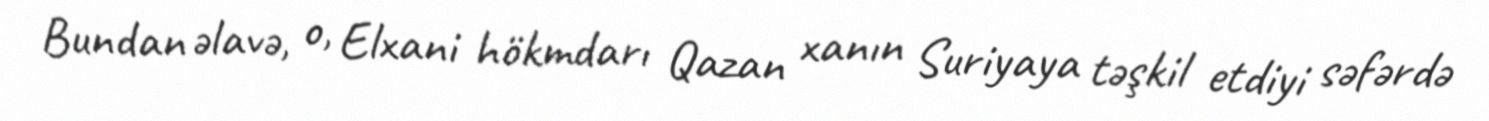
Bundan əlavə, o, Elxani hökmdarı Qazan xanın Suriyaya təşkil etdiyi səfərdə